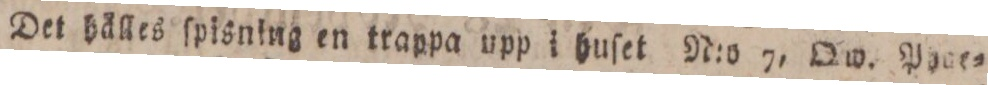
Det hälles ſpisning en trappa upp i huſet N:o 7, Qw. Pyac=